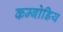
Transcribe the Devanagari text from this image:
कम्बोडिय